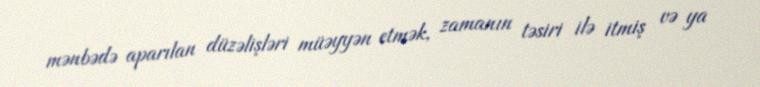
mənbədə aparılan düzəlişləri müəyyən etmək, zamanın təsiri ilə itmiş və ya